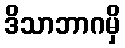
ဒိသာဘာဂမှိ